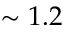
\sim 1 . 2